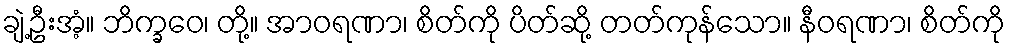
ချဲ့ဦးအံ့။ ဘိက္ခဝေ၊ တို့။ အာဝရဏာ၊ စိတ်ကို ပိတ်ဆို့ တတ်ကုန်သော။ နီဝရဏာ၊ စိတ်ကို